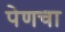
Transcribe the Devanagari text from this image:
पेणचा